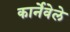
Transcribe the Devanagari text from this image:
कार्नेवेले